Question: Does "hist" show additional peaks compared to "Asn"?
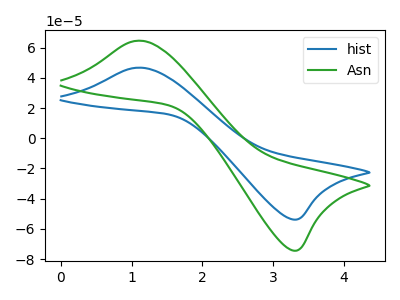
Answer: <think>The blue curve "hist" has an anodic peak at (1.15V, 46.75uA) and a cathodic peak at (3.30V, -53.80uA). The green curve "Asn" has an anodic peak at (1.15V, 64.60uA) and a cathodic peak at (3.30V, -74.35uA).
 All the peaks in "hist" have a peak in "Asn" at the same potential. Every peak in "hist" is lower than every peak in "Asn".</think>
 <answer>No, "hist" and "Asn" don't appear to be significantly different in shape</answer>
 <eval>no_change</eval>